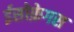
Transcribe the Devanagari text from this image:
ईसोफ़ेगस